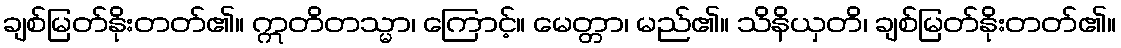
ချစ်မြတ်နိုးတတ်၏။ ဣတိတသ္မာ၊ ကြောင့်။ မေတ္တာ၊ မည်၏။ သိနိယှတိ၊ ချစ်မြတ်နိုးတတ်၏။